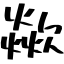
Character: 歘